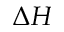
\Delta H